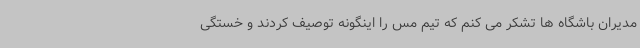
مدیران باشگاه ها تشکر می کنم که تیم مس را اینگونه توصیف کردند و خستگی